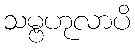
သမ္ဗဟုလာပိ